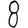
Digit: 8